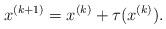
LaTeX: \begin{align*}x^{(k+1)} = x^{(k)} + \tau (x^{(k)}).\end{align*}